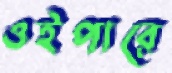
ওইপারে